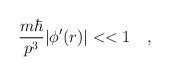
LaTeX: \begin{align*}{{m \hbar}\over{p^3}} | \phi'(r)| << 1 \quad , \end{align*}